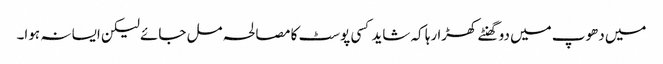
میں دھوپ میں دو گھنٹے کھڑا رہا کہ شاید کسی پوسٹ کا مصالحہ مل جائے لیکن ایسا نہ ہوا۔